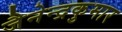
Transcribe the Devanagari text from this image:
जैनेन्द्रकुमार